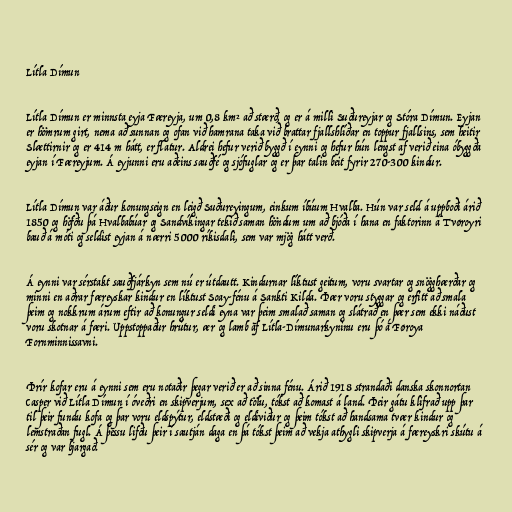
Lítla Dímun

Lítla Dímun er minnsta eyja Færeyja, um 0,8 km² að stærð, og er á milli Suðureyjar og Stóra Dímun. Eyjan
er hömrum girt, nema að sunnan og ofan við hamrana taka við brattar fjallshlíðar en toppur fjallsins, sem heitir
Slættirnir og er 414 m hátt, er flatur. Aldrei hefur verið byggð í eynni og hefur hún lengst af verið eina óbyggða
eyjan í Færeyjum. Á eyjunni eru aðeins sauðfé og sjófuglar og er þar talin beit fyrir 270-300 kindur.

Lítla Dímun var áður konungseign en leigð Suðureyingum, einkum íbúum Hvalba. Hún var seld á uppboði árið
1850 og höfðu þá Hvalbabúar og Sandvíkingar tekið saman höndum um að bjóða í hana en faktorinn á Tvøroyri
bauð á móti og seldist eyjan á nærri 5000 ríkisdali, sem var mjög hátt verð.

Á eynni var sérstakt sauðfjárkyn sem nú er útdautt. Kindurnar líktust geitum, voru svartar og snögghærðar og
minni en aðrar færeyskar kindur en líktust Soay-fénu á Sankti Kilda. Þær voru styggar og erfitt að smala
þeim og nokkrum árum eftir að konungur seldi eyna var þeim smalað saman og slátrað en þær sem ekki náðust
voru skotnar á færi. Uppstoppaður hrútur, ær og lamb af Lítla-Dímunarkyninu eru þó á Føroya
Fornminnissavni.

Þrír kofar eru á eynni sem eru notaðir þegar verið er að sinna fénu. Árið 1918 strandaði danska skonnortan
Casper við Lítla Dímun í óveðri en skipverjum, sex að tölu, tókst að komast á land. Þeir gátu klifrað upp þar
til þeir fundu kofa og þar voru eldspýtur, eldstæði og eldiviður og þeim tókst að handsama tvær kindur og
lemstraðan fugl. Á þessu lifðu þeir í sautján daga en þá tókst þeim að vekja athygli skipverja á færeyskri skútu á
sér og var bjargað.